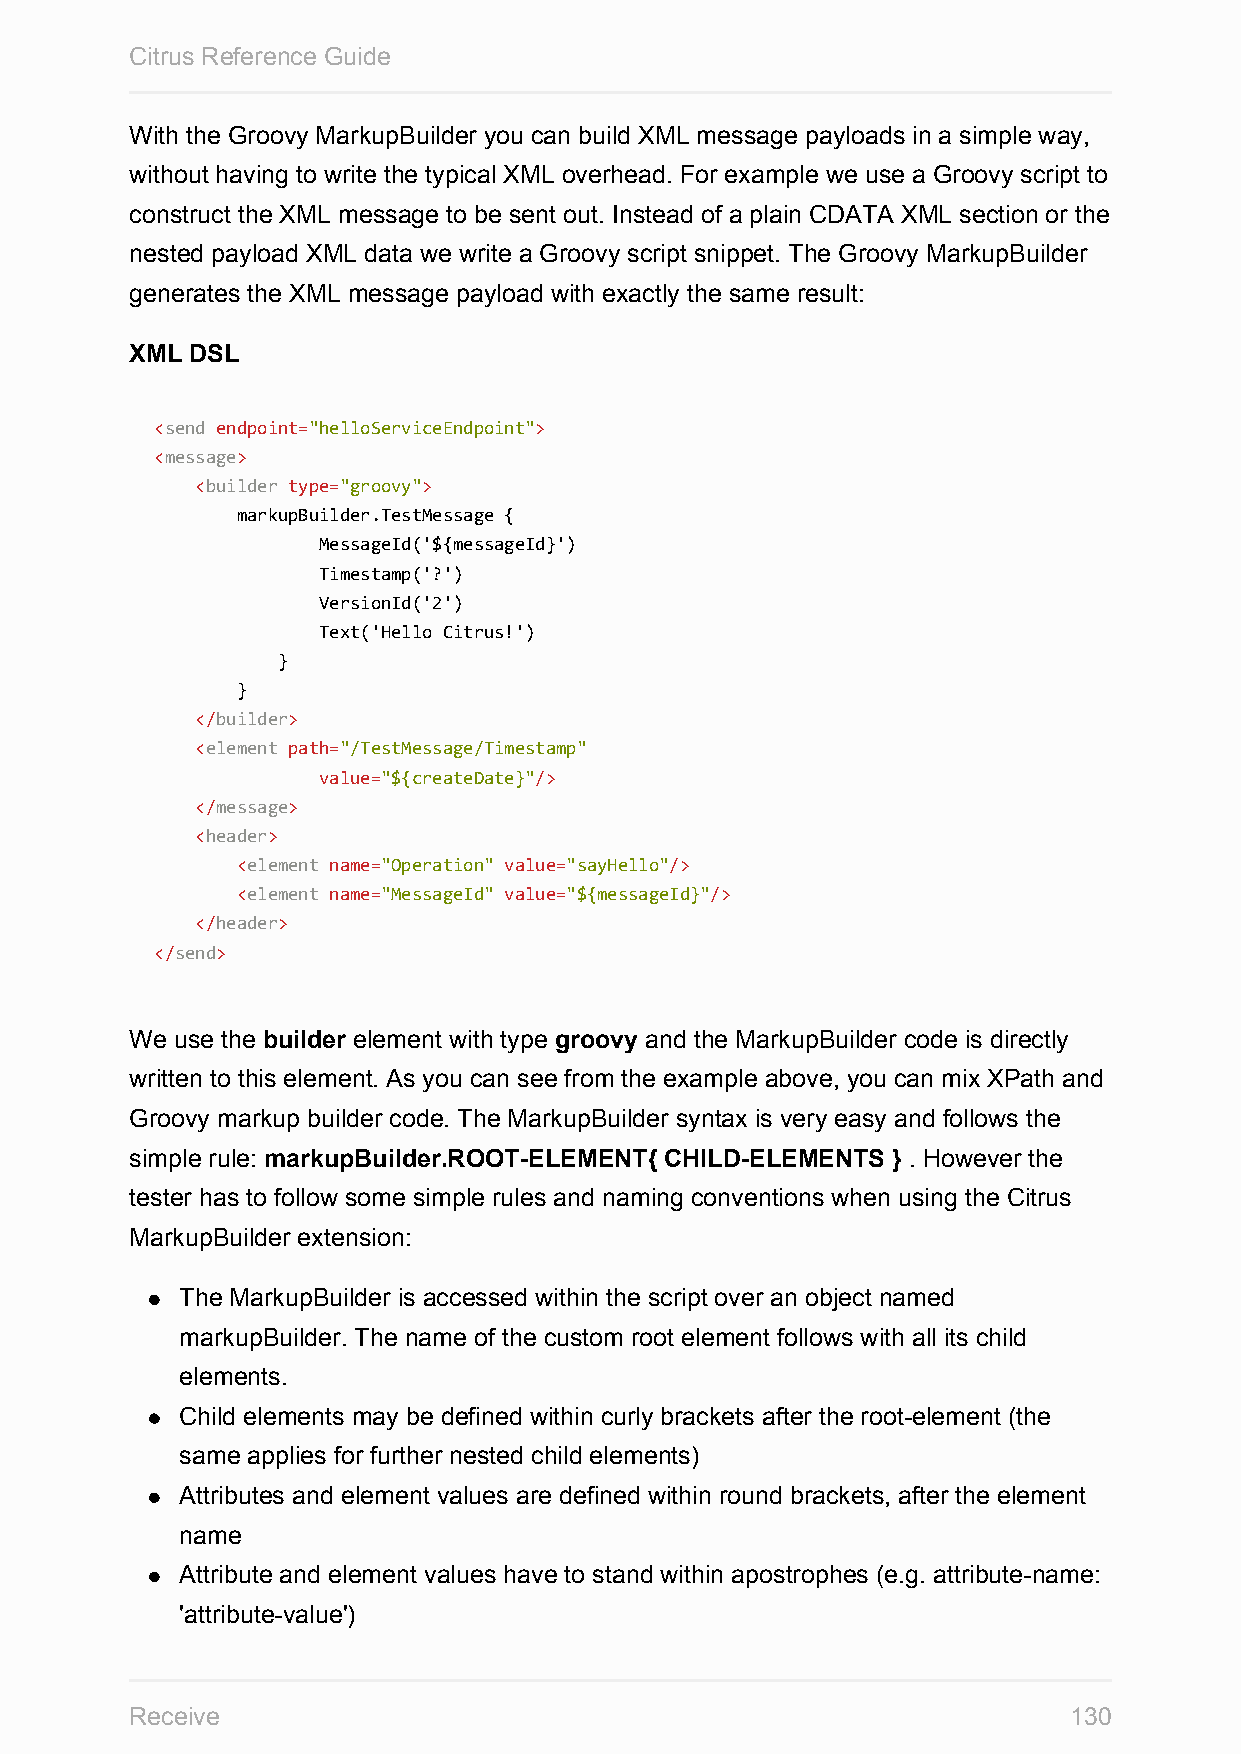
Citrus Reference Guide
 With the Groovy MarkupBuilder you can build XML message payloads in a simple way,
 without having to write the typical XML overhead. For example we use a Groovy script to
 construct the XML message to be sent out. Instead of a plain CDATA XML section or the
 nested payload XML data we write a Groovy script snippet. The Groovy MarkupBuilder
 generates the XML message payload with exactly the same result:
 XML DSL
 <send endpoint="helloServiceEndpoint">
 <message>
 <builder type="groovy">
 markupBuilder.TestMessage {
 MessageId('${messageId}')
 Timestamp('?')
 VersionId('2')
 Text('Hello Citrus!')
 }
 }
 </builder>
 <element path="/TestMessage/Timestamp"
 value="${createDate}"/>
 </message>
 <header>
 <element name="Operation" value="sayHello"/>
 <element name="MessageId" value="${messageId}"/>
 </header>
 </send>
 We use the builder element with type groovy and the MarkupBuilder code is directly
 written to this element. As you can see from the example above, you can mix XPath and
 Groovy markup builder code. The MarkupBuilder syntax is very easy and follows the
 simple rule: markupBuilder.ROOT-ELEMENT{ CHILD-ELEMENTS } . However the
 tester has to follow some simple rules and naming conventions when using the Citrus
 MarkupBuilder extension:
 The MarkupBuilder is accessed within the script over an object named
 markupBuilder. The name of the custom root element follows with all its child
 elements.
 Child elements may be defined within curly brackets after the root-element (the
 same applies for further nested child elements)
 Attributes and element values are defined within round brackets, after the element
 name
 Attribute and element values have to stand within apostrophes (e.g. attribute-name:
 'attribute-value')
 Receive                                                       130